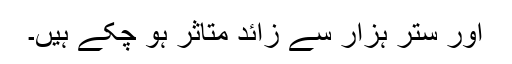
اور ستر ہزار سے زائد متاثر ہو چکے ہیں۔